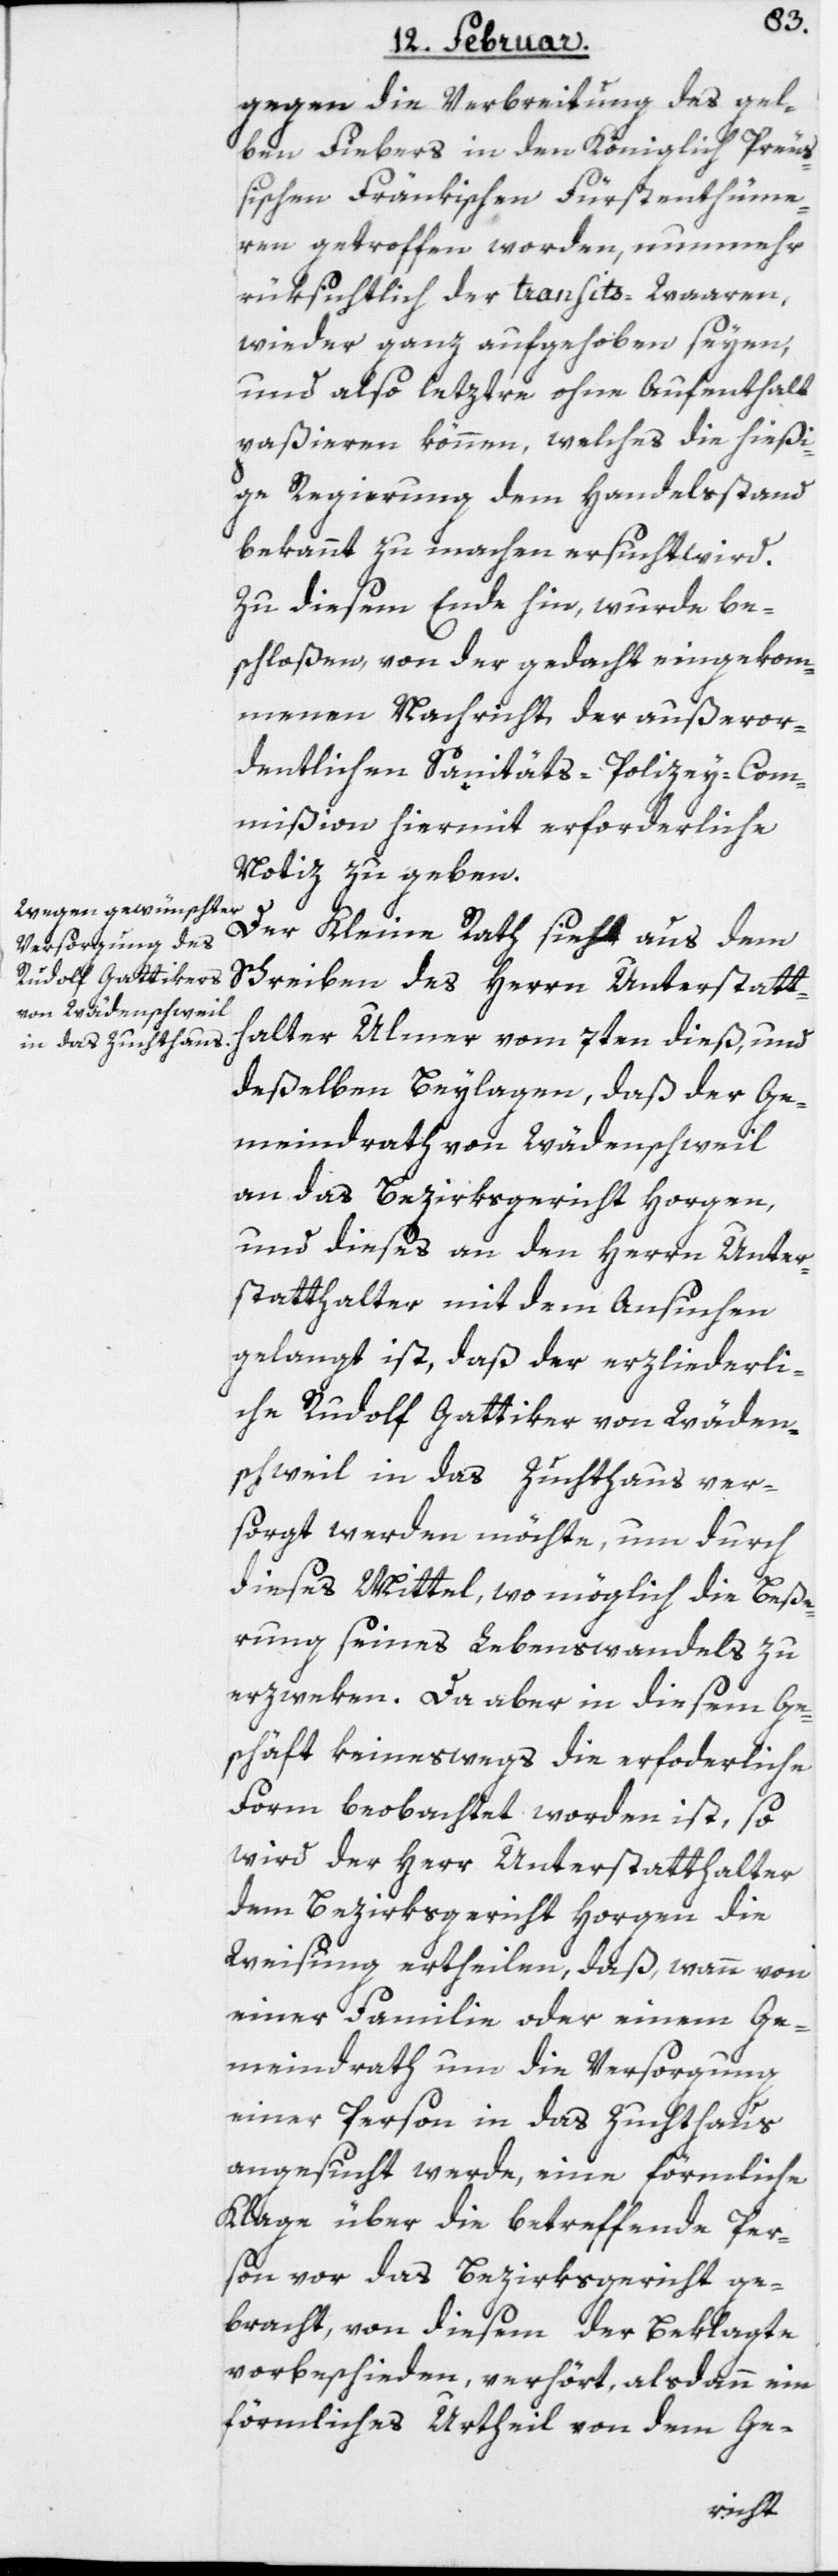
gegen die Verbreitung des gel¬
ben Fiebers in den Königlich Preuß¬
ischen Fränkischen Fürstenthüme¬
ren getroffen worden, nunmehr
rüksichtlich der transits-Waaren,
wieder ganz aufgehoben seyen,
und also letztre ohne Aufenthalt
paßieren können, welches die hießi¬
ge Regierung dem Handelsstand
bekannt zu machen ersucht wird.
Zu diesem Ende hin, wurde be¬
schloßen, von der gedacht eingekom¬
menen Nachricht der außeror¬
dentlichen Sanitäts-Polizey-Com¬
mißion hiermit erforderliche
Notiz zu geben.
Der Kleine Rath sieht aus dem
Schreiben des Herrn Unterstatt¬
halter Ulmer vom 7ten dieß, und
deßelben Beylagen, daß der Ge¬
meindrath von Wädenschweil
an das Bezirksgericht Horgen,
und dieses an den Herrn Unter¬
statthalter mit dem Ansuchen
gelangt ist, daß der erzliederli¬
che Rudolf Gattiker von Wäden¬
schweil in das Zuchthaus ver¬
sorgt werden möchte, um durch
dieses Mittel, wo möglich die Beße¬
rung seines Lebenswandels zu
erzweken. Da aber in diesem Ge¬
schäft keineswegs die erforderliche
Form beobachtet worden ist, so
wird der Herr Unterstatthalter
dem Bezirksgericht Horgen die
Weisung ertheilen, daß wann von
einer Familie oder einem Ge¬
meindrath um die Versorgung
einer Person in das Zuchthaus
angesucht werde, eine förmliche
Klage über die betreffende Per¬
son vor das Bezirksgericht ge¬
bracht, von diesem der Beklagte
vorbeschieden, verhört, alsdann ein
förmliches Urtheil von dem Ge-